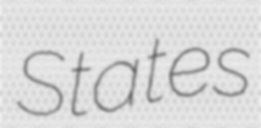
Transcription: States